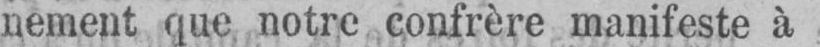
nement que notre confrère manifeste à